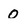
Character: 0